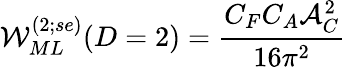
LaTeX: {\cal W}_{ML}^{(2;se)}(D=2)=\frac{C_{F}C_{A}{\cal A}_{C}^{2}}{{16{\pi}^{2}}}